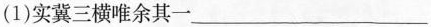
(1)实\underset{·}{冀}三横唯余其一___